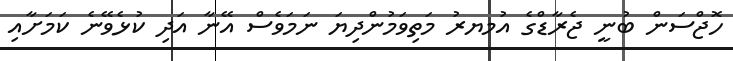
ހޮޖްސަން ބުނީ ޖެރާޑްގެ އުމޔރު މަތިވަމުންދިޔަ ނަމަވެސް އޭނާ އަދި ކުޅެވޭނެ ކަމަށާއި